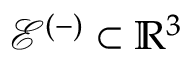
\mathcal { E } ^ { ( - ) } \subset \mathbb { R } ^ { 3 }